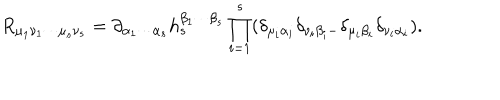
R _ { \mu _ { 1 } \nu _ { 1 } \cdots \mu _ { s } \nu _ { s } } = \partial _ { \alpha _ { 1 } \cdots \alpha _ { s } } h _ { s } ^ { \beta _ { 1 } \cdots \beta _ { s } } \prod _ { i = 1 } ^ { s } ( \delta _ { \mu _ { i } \alpha _ { i } } ^ { { } } \delta _ { \nu _ { i } \beta _ { i } - } \delta _ { \mu _ { i } \beta _ { i } } ^ { { } } \delta _ { \nu _ { i } \alpha _ { i } } ) .